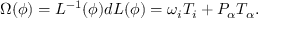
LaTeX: \Omega ( \phi ) = L ^ { - 1 } ( \phi ) d L ( \phi ) = \omega _ { i } T _ { i } + P _ { \alpha } T _ { \alpha } .